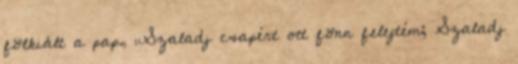
fölkiált a pap, „Szaladj csapért ott fönn felejtém; Szaladj